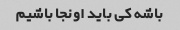
باشه کی باید اونجا باشیم